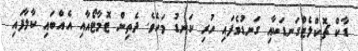
ޑާކް ޗޮކްލެޓްގަނޑަކާއި ގަނޑުވެފައި ހުރި ކަނޑު މަހެވެ. ދެތިން ޓޮމާޓޯއާއި އެއްބައި ކާލާފައި